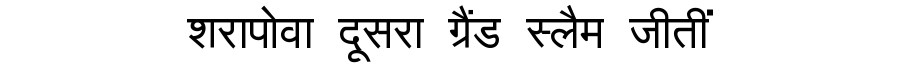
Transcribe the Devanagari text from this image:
शरापोवा दूसरा ग्रैंड स्लैम जीतीं